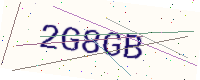
Text: 2G8GB